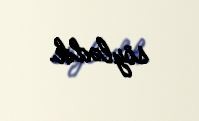
söylədik.